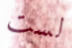
لست